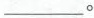
___。